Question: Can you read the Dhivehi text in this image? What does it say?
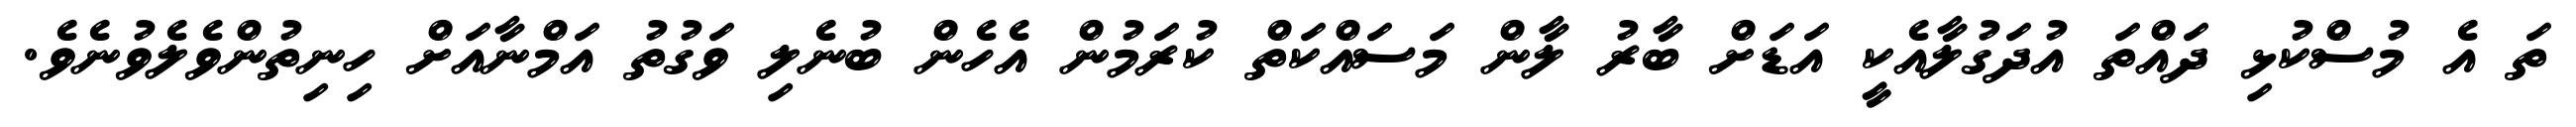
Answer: ތަ އެ މުސްކުޅި ދައްތަ އުދަގުލާއެކީ އަޑަށް ބާރު ލާން މަސައްކަތް ކުރަމުން އެހެން ބުނެލި ވަގުތު އަމްނާއަށް ހިނިތުންވެލެވުނެވެ.